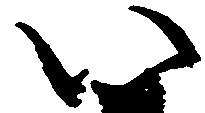
い